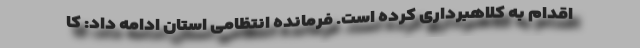
اقدام به کلاهبرداری کرده است. فرمانده انتظامی استان ادامه داد: کا